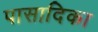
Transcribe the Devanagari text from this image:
पासादिका